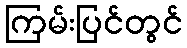
ကြမ်းပြင်တွင်